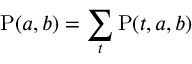
\mathrm { P } ( a , b ) = \sum _ { t } \mathrm { P } ( t , a , b )